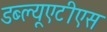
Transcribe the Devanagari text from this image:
डब्ल्यूएटीएस